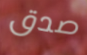
صدق